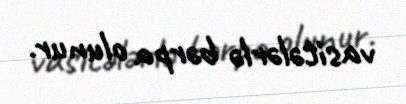
vasitələrlə bərpa olunur.